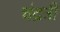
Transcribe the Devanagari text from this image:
चंद्रत्री